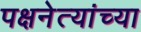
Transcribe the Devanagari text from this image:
पक्षनेत्यांच्या